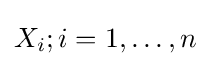
X_{i};i=1,\ldots ,n